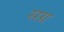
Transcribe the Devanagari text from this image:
सग्र